Vaccination in Bombay 1856-1862 - 1856-1862
Year: 1856
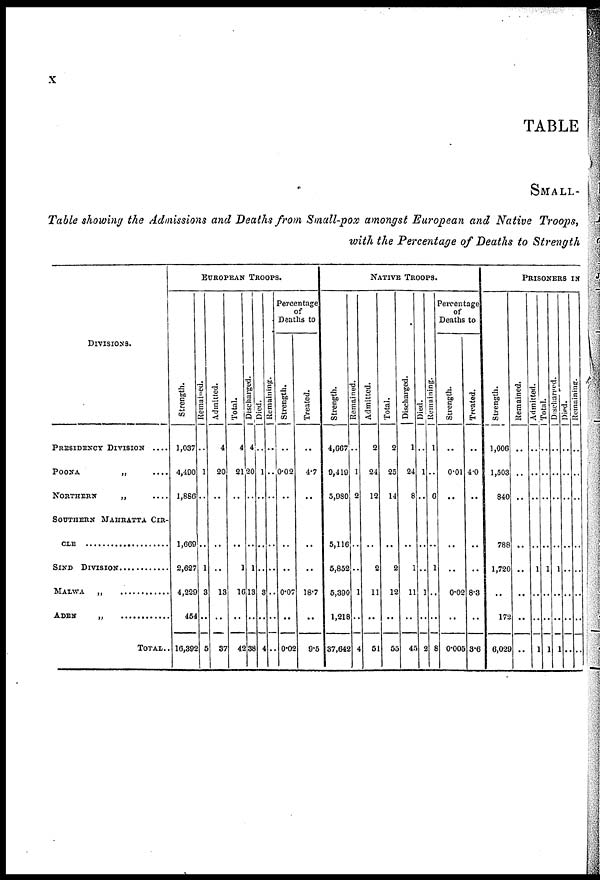
x
TABLE
SMALL-
Table showing the Admissions and Deaths from Small-pox amongst European and Native Troops,
with the Percentage of Deaths to Strength
DIVISIONS.
PRESIDENCY DIVISION ....
POONA
„
....
NORTHERN
„
....
SOUTHERN MAHRATTA CIR¬
CLE ....................
SIND DIVISION ............
MALWA „ ............
ADEN „ ............
TOTAL..
EUROPEAN TROOPS.
Strength.
1,037
4,490
1,886
1,669
2,627
4,229
454
16,392
Remained.
..
1
..
..
1
3
..
5
Admitted.
4
20
..
..
..
13
..
37
Total.
4
21
..
..
1
16
..
42
Discharged.
4
20
..
..
1
13
..
38
Died.
..
1
..
..
..
3
..
4
Remaining
..
..
..
..
..
..
..
..
Percentage
of
Deaths to
Strength.
..
0.02
..
..
..
0.07
..
0.02
Treated.
..
4.7
..
..
..
18.7
..
9.5
NATIVE TROOPS.
Strength.
4,667
9,419
5,980
5,116
5,852
5,390
1,218
37,642
Remained.
..
1
2
..
..
1
..
4
Admitted.
2
24
12
..
2
11
..
51
Total.
2
25
14
..
2
12
..
55
Discharged.
1
24
8
..
1
11
..
45
Died
..
1
..
..
..
1
..
2
Remaining.
1
..
6
..
1
..
..
8
Percentage
of
Deaths to
Strength.
..
0.01
..
..
..
0.02
..
0.005
Treated.
..
4.0
..
..
..
8.3
..
3.6
PRISONERS IN
Strength.
1,006
1,503
840
788
1,720
..
172
6,029
Remained.
..
..
..
..
..
..
..
..
Admitted.
..
..
..
..
1
..
..
1
Total.
..
..
..
..
1
..
..
1
Discharged.
..
..
..
..
1
..
..
1
Died
..
..
..
..
..
..
..
..
Remaining.
..
..
..
..
..
..
..
..